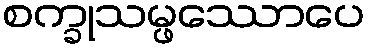
စက္ခုသမ္ဖဿောပေ